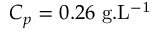
C _ { p } = 0 . 2 6 ~ \mathrm { g . L ^ { - 1 } }